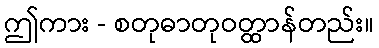
ဤကား - စတုဓာတုဝတ္ထာန်တည်း။